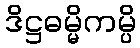
ဒိဋ္ဌဓမ္မိကမ္ပိ